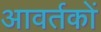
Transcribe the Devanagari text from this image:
आवर्तकों